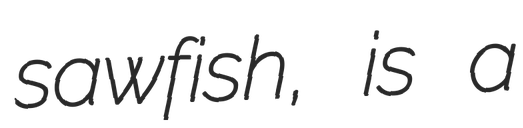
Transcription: sawfish, is a